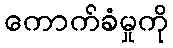
ကောက်ခံမှုကို